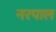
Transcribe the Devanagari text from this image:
नरपाल